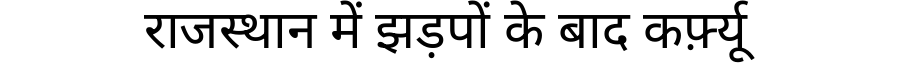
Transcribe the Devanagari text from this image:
राजस्थान में झड़पों के बाद कर्फ़्यू